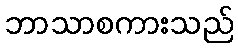
ဘာသာစကားသည်